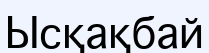
Ысқақбай